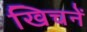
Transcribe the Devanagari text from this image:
खिचनें